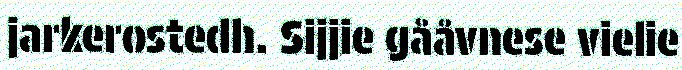
jarkerostedh. Sijjie gååvnese vielie